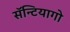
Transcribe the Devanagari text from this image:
सॅन्टियागो